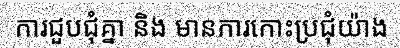
ការជួបជុំគ្នា និង មានការកោះប្រជុំយ៉ាង